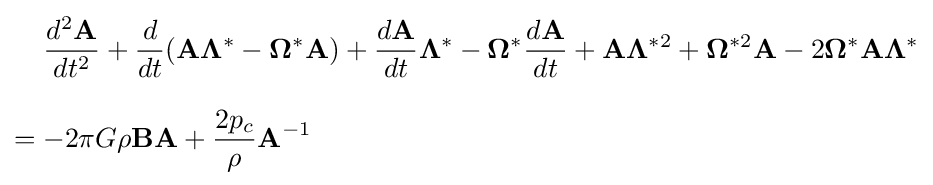
{\begin{aligned}&{\frac {d^{2}\mathbf {A} }{dt^{2}}}+{\frac {d}{dt}}(\mathbf {A} \mathbf {\Lambda } ^{*}-\mathbf {\Omega } ^{*}\mathbf {A} )+{\frac {d\mathbf {A} }{dt}}\mathbf {\Lambda } ^{*}-\mathbf {\Omega } ^{*}{\frac {d\mathbf {A} }{dt}}+\mathbf {A} \mathbf {\Lambda } ^{*2}+\mathbf {\Omega } ^{*2}\mathbf {A} -2\mathbf {\Omega } ^{*}\mathbf {A} \mathbf {\Lambda } ^{*}\\[8pt]={}&{-2}\pi G\rho \mathbf {B} \mathbf {A} +{\frac {2p_{c}}{\rho }}\mathbf {A} ^{-1}\end{aligned}}